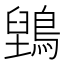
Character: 𮭇